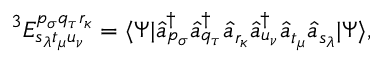
^ 3 E _ { s _ { \lambda } t _ { \mu } u _ { \nu } } ^ { p _ { \sigma } q _ { \tau } r _ { \kappa } } = \langle \Psi | \hat { a } _ { p _ { \sigma } } ^ { \dagger } \hat { a } _ { q _ { \tau } } ^ { \dagger } \hat { a } _ { r _ { \kappa } } \hat { a } _ { u _ { \nu } } ^ { \dagger } \hat { a } _ { t _ { \mu } } \hat { a } _ { s _ { \lambda } } | \Psi \rangle ,